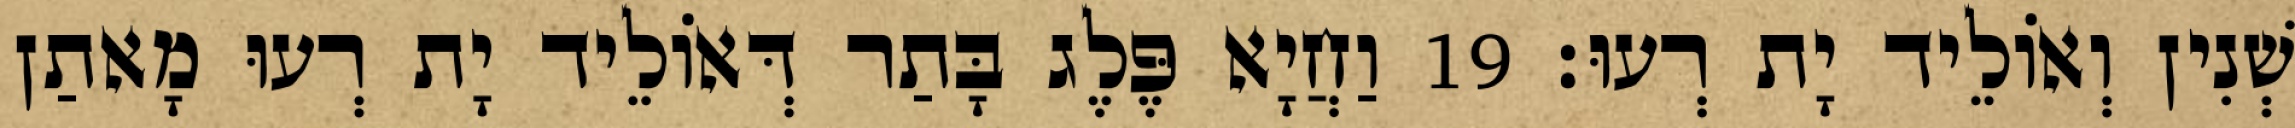
שְׁנִין וְאוֹלֵיד יָת רְעוּ׃ 19 וַחֲיָא פֶּלֶג בָּתַר דְּאוֹלֵיד יָת רְעוּ מָאתַן